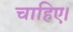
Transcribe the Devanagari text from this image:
चाहिए।